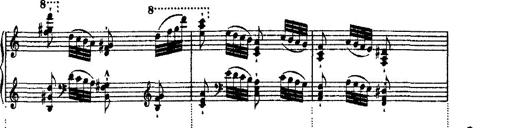
Title: Ã‰tudes d'exÃ©cution transcendante d'aprÃ¨s Paganini
Composer: Franz Liszt